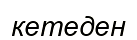
кетеден